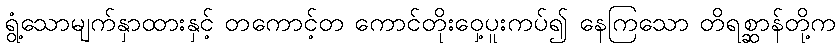
ရွံ့သောမျက်နှာထားနှင့် တကောင့်တ ကောင်တိုးဝှေ့ပူးကပ်၍ နေကြသော တိရစ္ဆာန်တို့က